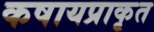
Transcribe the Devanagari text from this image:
कषायप्राकृत